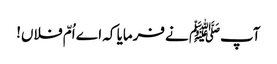
آپﷺ نے فرمایا کہ اے اُمّ فلاں!